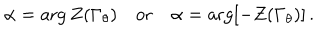
\alpha = \arg Z ( \Gamma _ { \theta } ) \quad \mathrm { o r } \quad \alpha = \arg [ - Z ( \Gamma _ { \theta } ) ] \, .